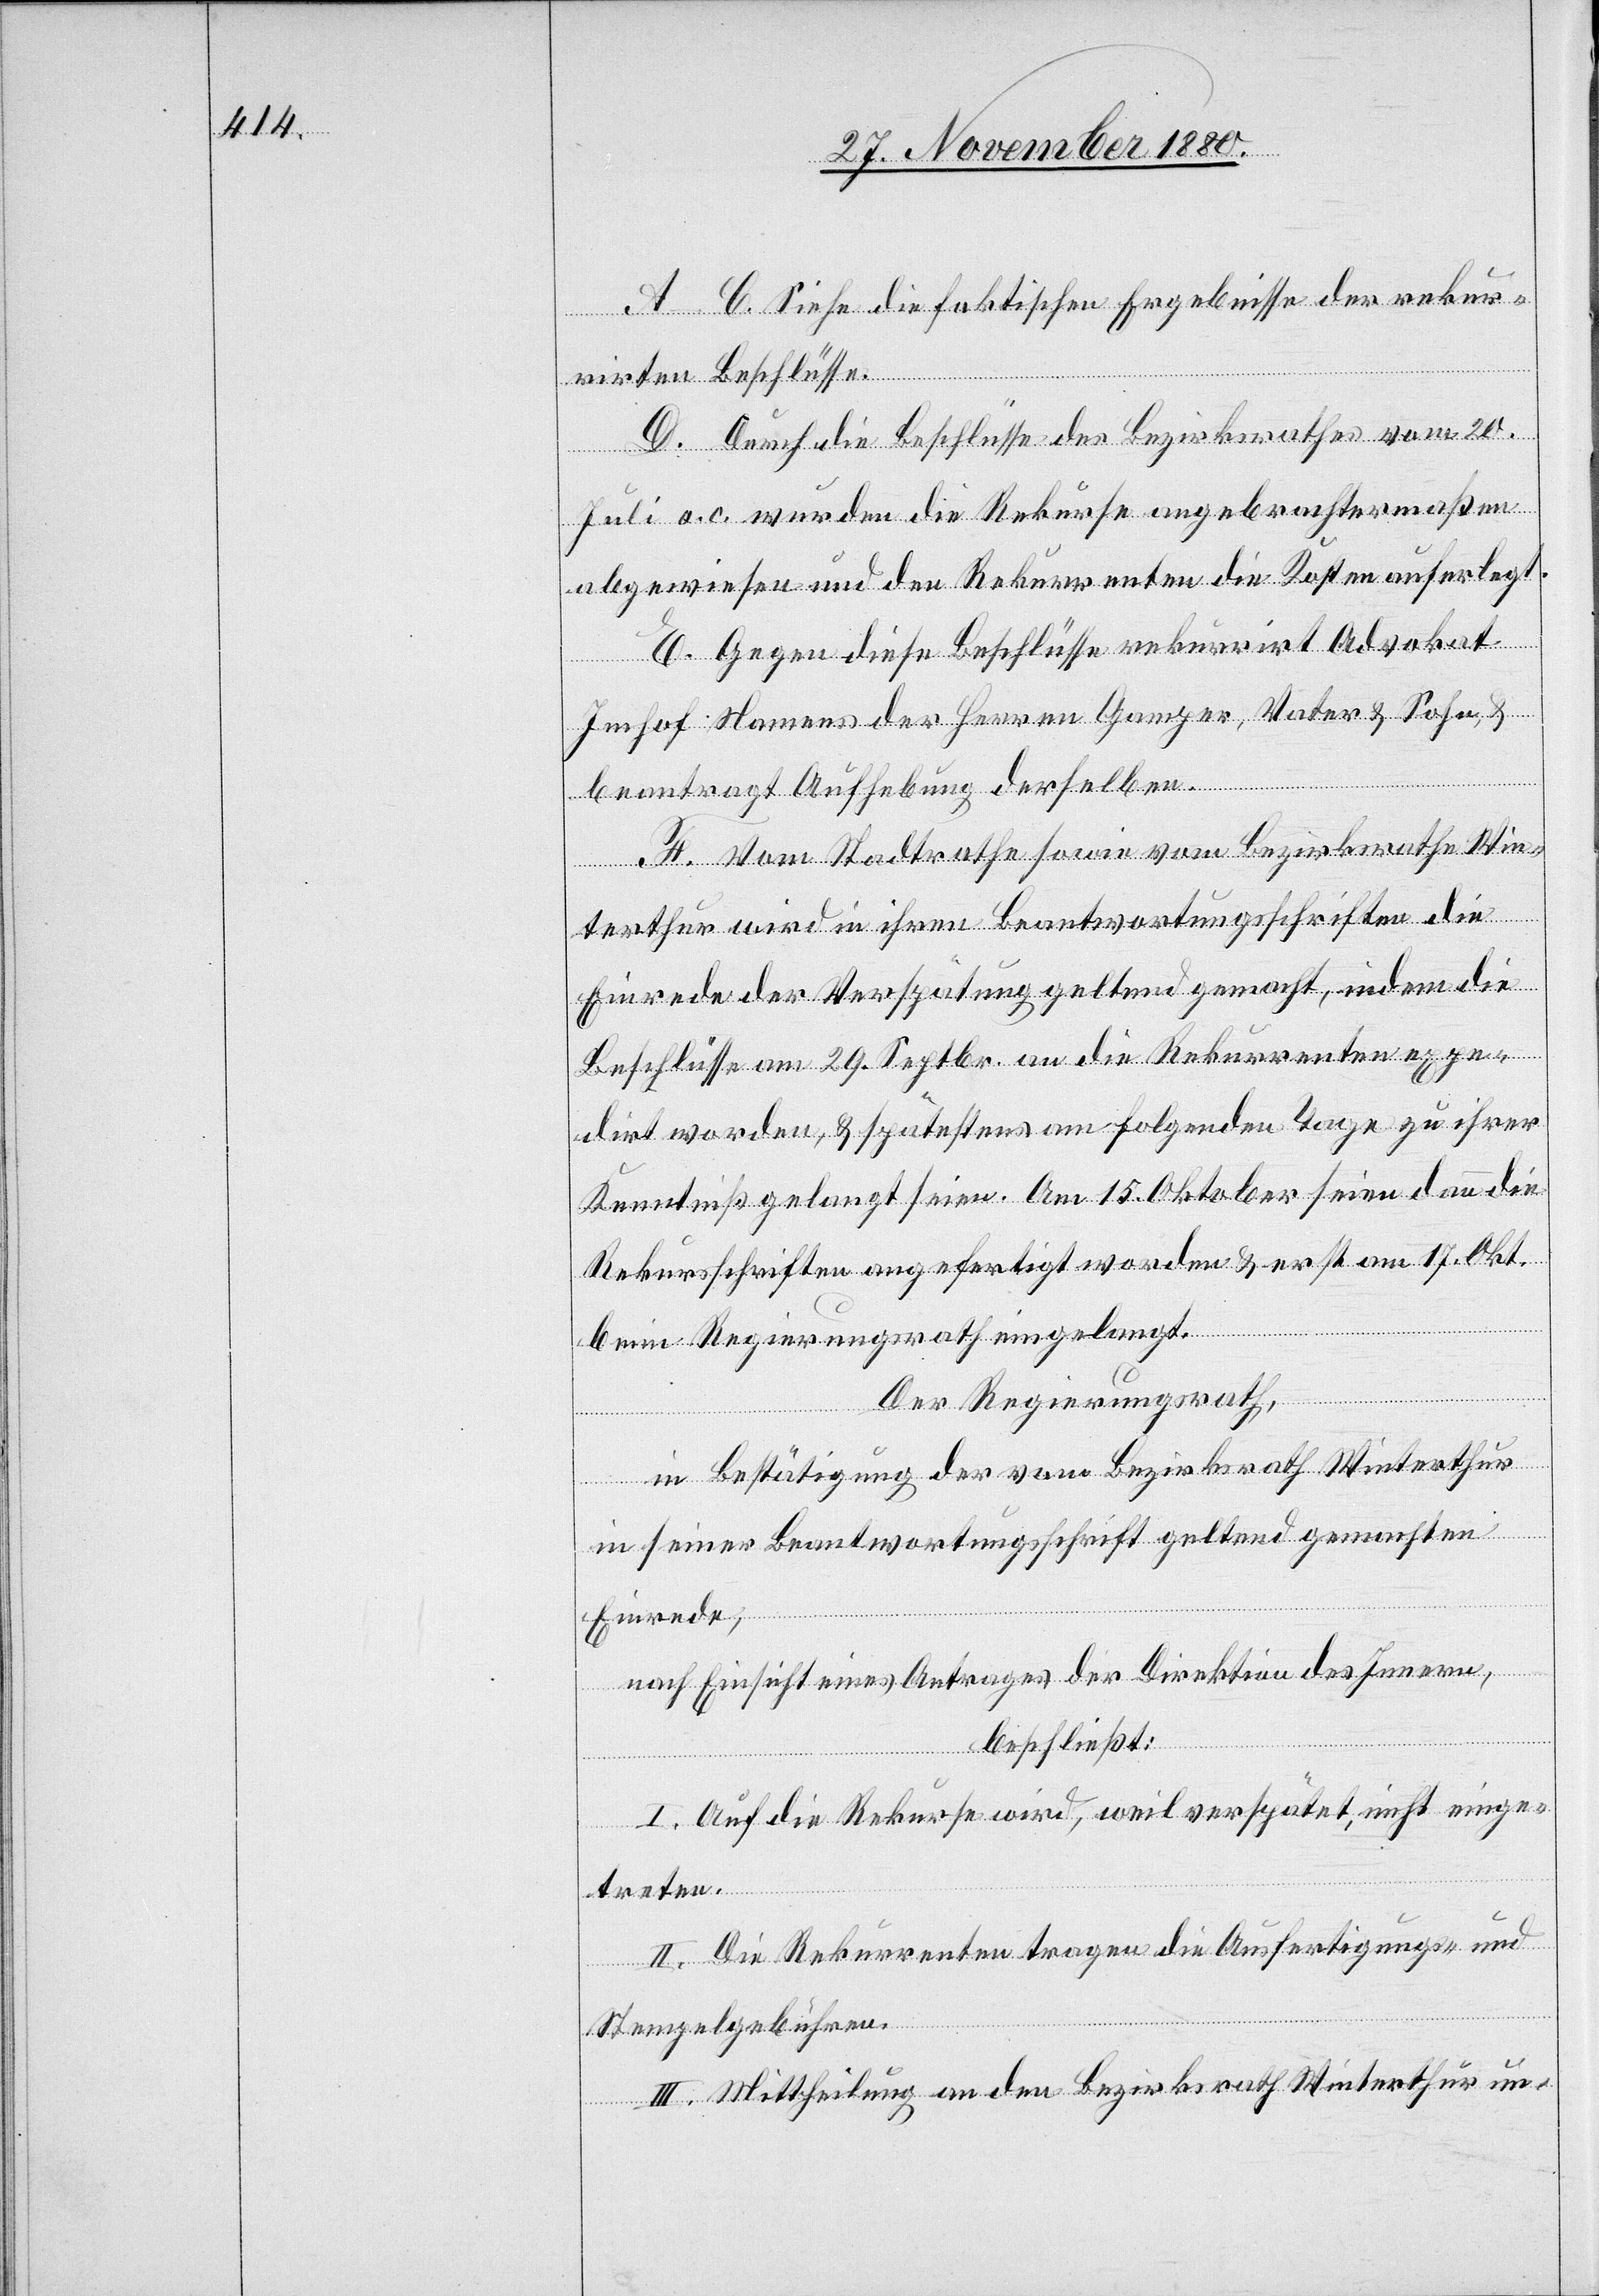
A.–C. Siehe die faktischen Ergebnisse der rekur¬
rirten Beschlüsse.
D. Durch die Beschlüsse des Bezirksrathes vom 20.
Juli a. c. wurden die Rekurse angebrachtermaßen
abgewiesen und den Rekurrenten die Kosten auferlegt.
E. Gegen diese Beschlüsse rekurrirt Advokat
Imhof Namens der Herren Gamper, Vater & Sohn, &
beantragt Aufhebung derselben.
F. Vom Stadtrate sowie vom Bezirksrath Win¬
terthur wird in ihren Beantwortungsschreiben die
Einrede der Verspätung geltend gemacht, indem die
Beschlüsse am 29. Septbr. an die Rekurrenten expe¬
dirt worden & spätestens am folgenden Tage zu ihrer
Kenntniß gelangt seien. Am 15. Oktober seien dann die
Rekursschriften angefertigt worden & erst am 17. Okt.
beim Regierungsrath eingelangt.
Der Regierungsrath,
in Bestätigung der vom Bezirksrath Winterthur
in seiner Beantwortungsschrift geltend gemachten
Einrede,
nach Einsicht eines Antrages der Direktion des Innern,
beschließt:
I. Auf die Rekurse wird, weil verspätet, nicht einge¬
treten.
II. Die Rekurrenten tragen die Ausfertigungs- und
Stempelgebühren.
III. Mittheilung an den Bezirksrath Winterthur un-